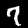
Label: 7